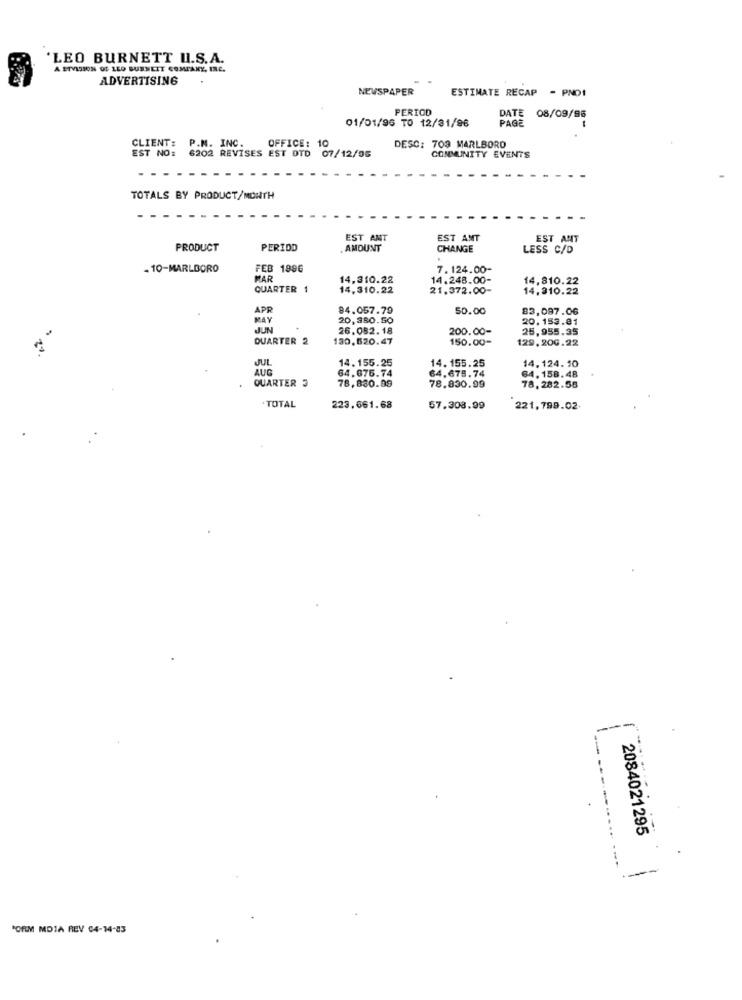
'LEO BURNETT U.S.A.
A ETVISION OF LEO BURNETT COMPANY, INC.
ADVERTISING
NEWSPAPER
ESTIMATE RECAP - PNO1
PERIOD
01/01/96 TO 12/31/96
DATE 08/09/96
PAGE
CLIENT:
EST NO:
P.M. INC.
OFFICE: 1
DESC: 709 MARLBORO
6202 REVISES EST DTD 07/12/56
COMMUNITY EVENTS
TOTALS BY PRODUCT/MONTH
EST ANT
EST AMT
EST ANT
PRODUCT
PERIOD
AMOUNT
CHANGE
LESS C/D
- 10-MARLBORO
FEB 1996
7.124.00-
MAR
14,310.22
14.248.00-
14,810.22
QUARTER 1
14,310.22
21.372.00-
14,310.22
APR
84.057.79
50.00
83,097.06
MAY
20,380.50
20.153.81
JUN
26.082.18
200.00-
25,955.35
QUARTER 2
130.620.47
150.00=
129,200.22
JUL
14. 155.25
AUG
64.676.74
14. 155.25
14.124.10
QUARTER 3
78,830.99
64,675.74
64, 158.48
78.830.99
78.282.56
.TOTAL
223.661.68
57.308.99
221,799.02
2084021295
PORM MDIA REV 04-14-83